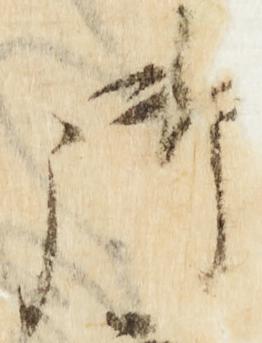
御